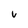
Character: V